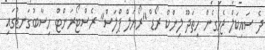
ދެ ސައިކަލް ޖެހިގެން ހިތަދޫ ލިންކް ރޯޑް "ރޯޔަލް ޕްލަސް" ރެސްޓޯރަންޓް ހިސާބުގަނޑުގައި